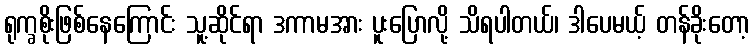
ရုက္ခစိုးဖြစ်နေကြောင်း သူ့ဆိုင်ရာ ဒကာမအား ပူးပြောလို့ သိရပါတယ်၊ ဒါပေမယ့် တန်ခိုးတော့